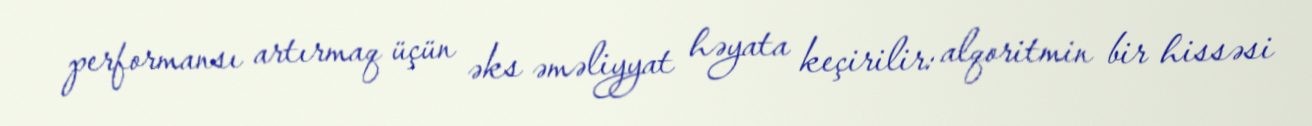
performansı artırmaq üçün əks əməliyyat həyata keçirilir: alqoritmin bir hissəsi